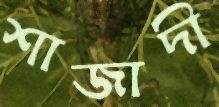
শাজাদী